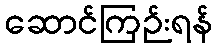
ဆောင်ကြဉ်းရန်